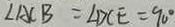
\angle A C B = \angle D C E = 9 0 ^ { \circ }